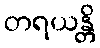
တရယန္တိ